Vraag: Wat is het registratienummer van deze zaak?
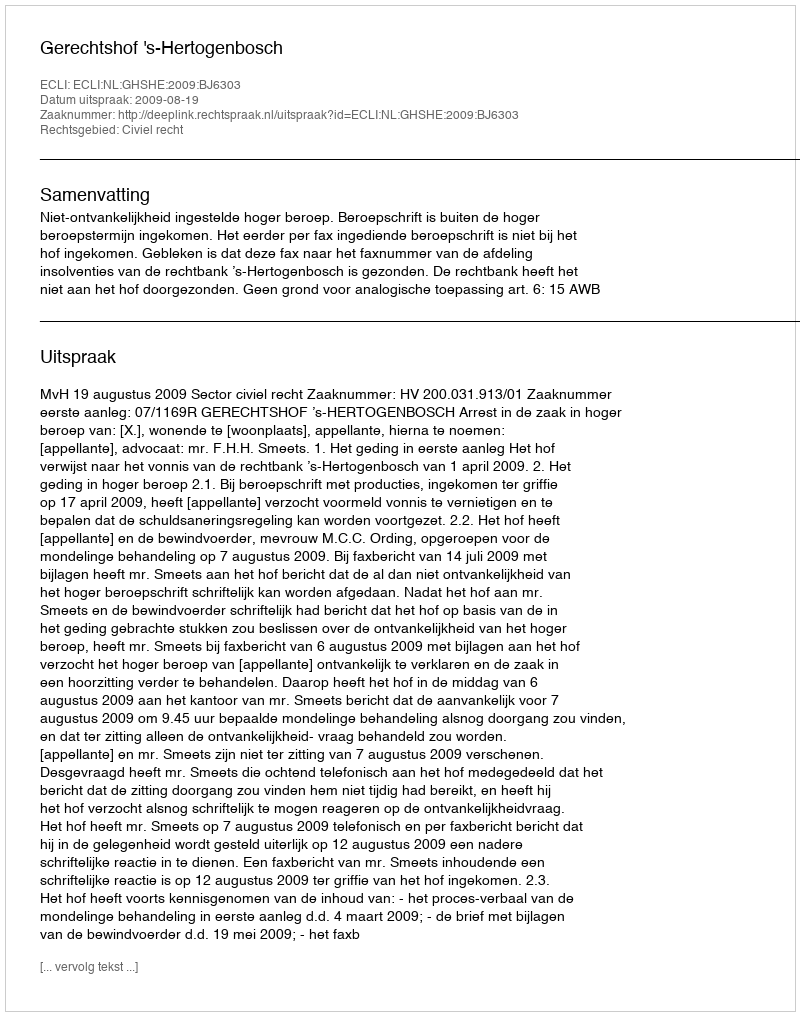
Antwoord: http://deeplink.rechtspraak.nl/uitspraak?id=ECLI:NL:GHSHE:2009:BJ6303